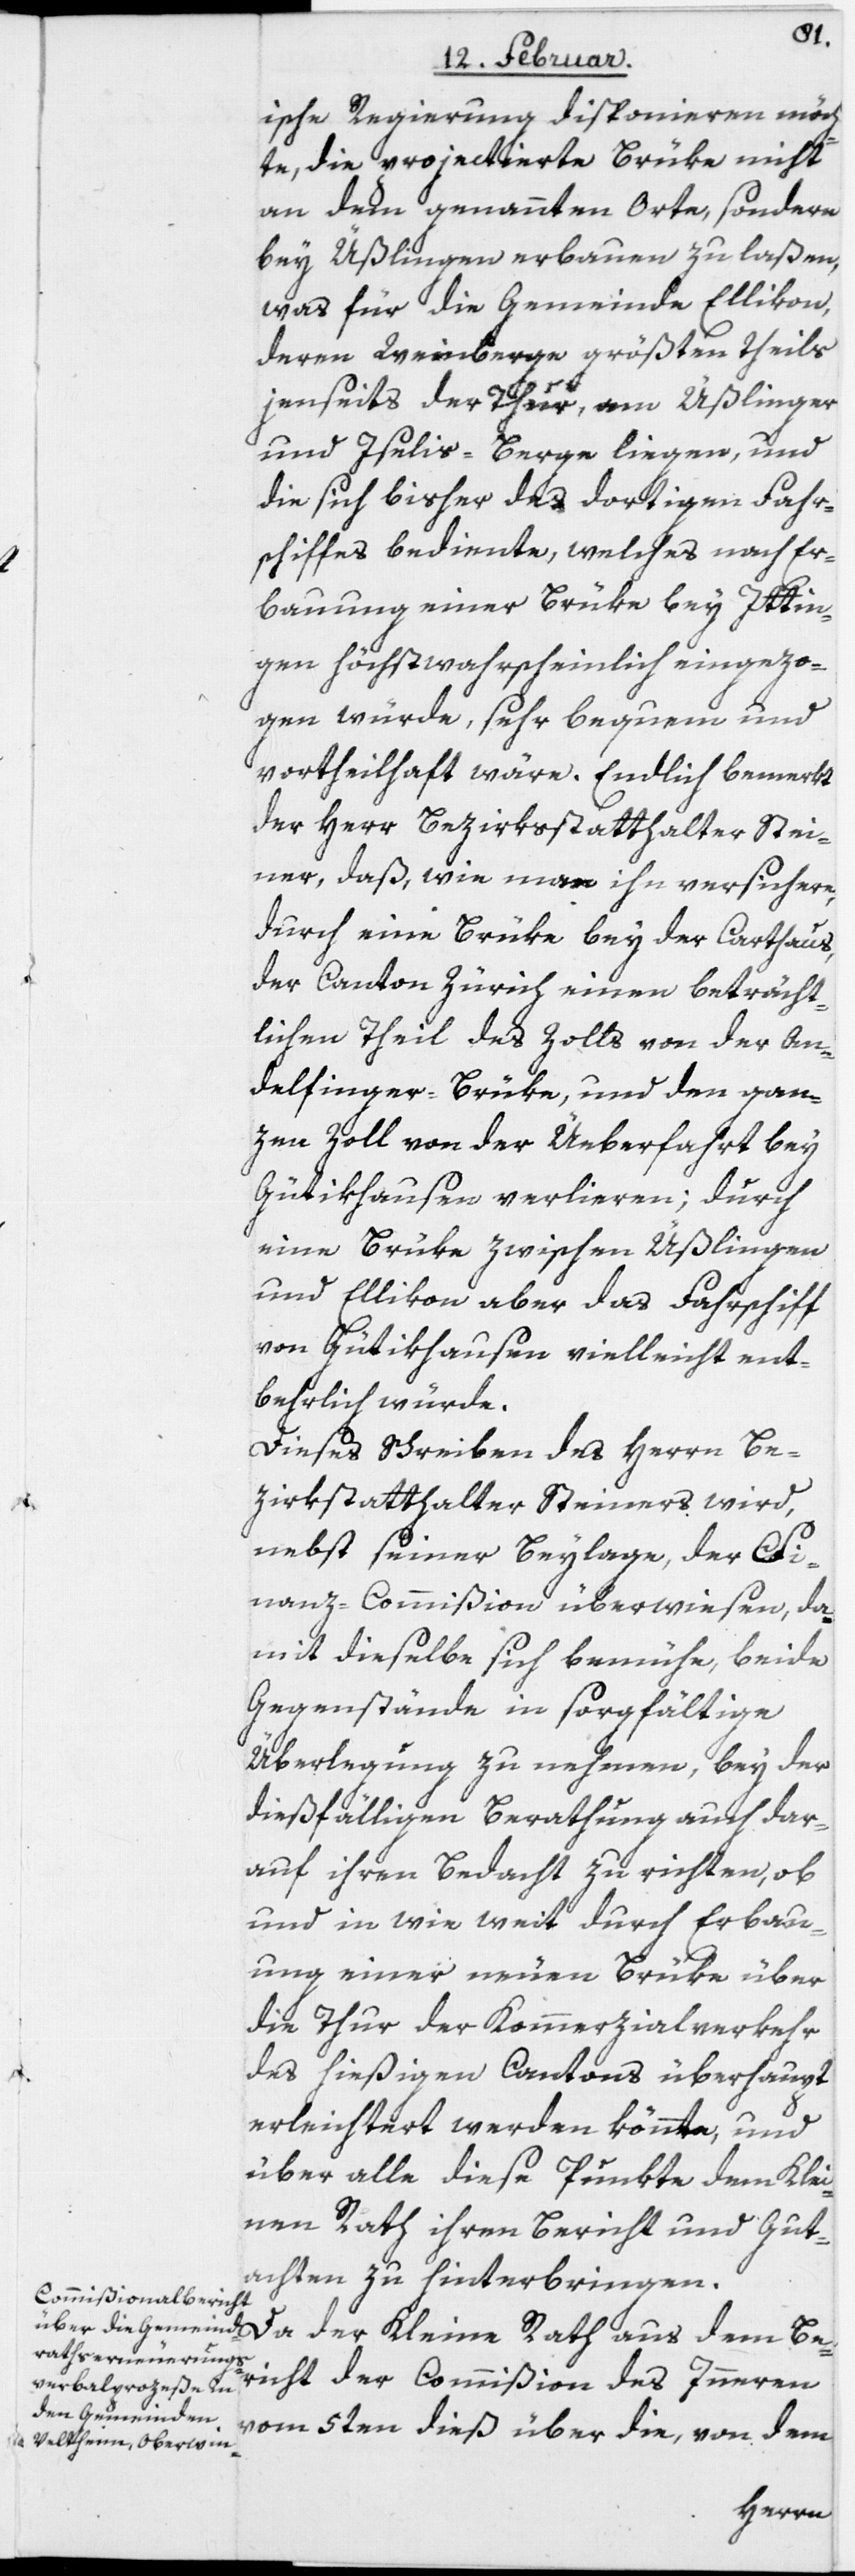
ische Regierung disponieren möch¬
te, die projectierte Brüke nicht
an dem genannten Orte, sondern
bey Üßlingen erbauen zu laßen,
was für die Gemeinde Ellikon,
deren Weinberge größtentheils
jenseits der Thur, am Üßlinger-
und Iselis-Berge liegen, und
die sich bisher des dortigen Fahr¬
schiffes bediente, welches nach Er¬
bauung einer Brüke bey Ittin¬
gen höchstwahrscheinlich eingezo¬
gen würde, sehr bequem und
vortheilhaft wäre. Endlich bemerkt
der Herr Bezirksstatthalter Stei¬
ner, daß, wie man ihn versichere,
durch eine Brüke bey der Carthaus,
der Canton Zürich einen beträcht¬
lichen Theil des Zolls von der An¬
delfinger-Brüke, und den gan¬
zen Zoll von der Überfahrt bey
Gütikhausen verlieren; durch
eine Brüke zwischen Üßlingen
und Ellikon aber das Fahrschiff
von Gütikhausen vielleicht ent¬
behrlich würde.
Dieses Schreiben des Herrn Be¬
zirksstatthalter Steiners wird,
nebst seiner Beylage, der Fi¬
nanz-Commißion überwiesen, da¬
mit dieselbe sich bemühe, beide
Gegenstände in sorgfältige
Überlegung zu nehmen, bey der
dießfälligen Berathung auch dar¬
auf ihren Bedacht zu richten, ob
und in wie weit durch Erbau¬
ung einer neuen Brüke über
die Thur der Kommerzialverkehr
des hießigen Cantons überhaupt
erleichtert werden könnte, und
über alle diese Punkte dem Klei¬
nen Rath ihren Bericht und Gut¬
achten zu hinterbringen.
Da der Kleine Rath aus dem Be¬
richt der Commißion des Inneren
vom 5ten dieß über die, von dem